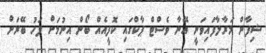
ޝިފާން މަރާލާފައިވަނީ އޭނާ ވެސްޓް ޕާކްގައި ކޮފީއެއް ބޯން އިނުމަށް ފަހު ބޭރަށް